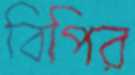
বিপির